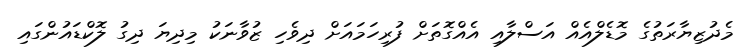
މެދުޒިޔާރަތުގެ މޮޑެލްއެއް އަސްލާއި އެއްގޮތަށް ފުރިހަމައަށް ދިވެހި ޒުވާނަކު މިދިޔަ ދިގު ލޮކްޑައުންގައި